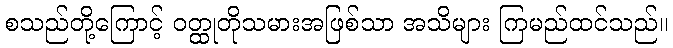
စသည်တို့ကြောင့် ဝတ္ထုတိုသမားအဖြစ်သာ အသိများ ကြမည်ထင်သည်။